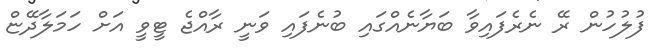
ފުލުހުން ރޭ ނެރެފައިވާ ބަޔާނެއްގައި ބުނެފައި ވަނީ ރާއްޖެ ޓީވީ އަށް ހަމަލާދޭޏް